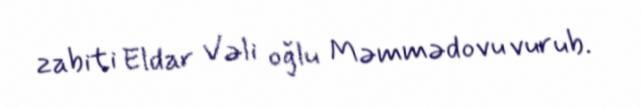
zabiti Eldar Vəli oğlu Məmmədovu vurub.